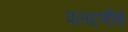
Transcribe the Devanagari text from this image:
पलटणींचे